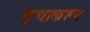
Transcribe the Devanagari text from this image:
तृचाकल्प